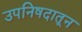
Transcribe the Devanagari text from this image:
उपनिषदातून